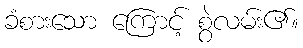
ခံစားသော ကြောင့် စွဲလမ်း၏။